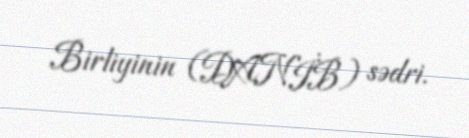
Birliyinin (DANİB) sədri.